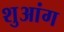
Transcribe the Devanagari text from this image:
शुआंग